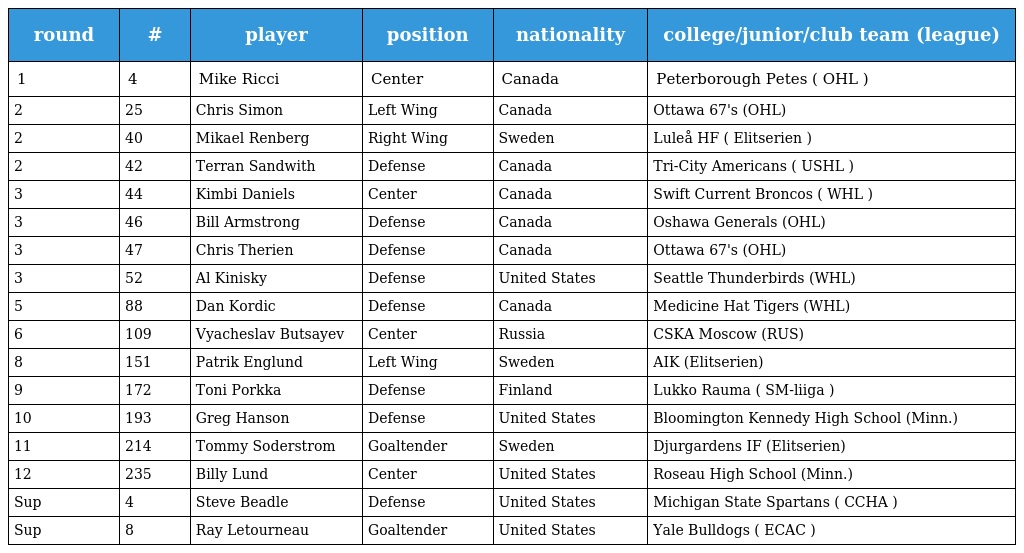
| round | # | player | position | nationality | college/junior/club team (league) |
 | --- | --- | --- | --- | --- | --- |
 | 1 | 4 | Mike Ricci | Center | Canada | Peterborough Petes ( OHL ) |
 | 2 | 25 | Chris Simon | Left Wing | Canada | Ottawa 67's (OHL) |
 | 2 | 40 | Mikael Renberg | Right Wing | Sweden | Luleå HF ( Elitserien ) |
 | 2 | 42 | Terran Sandwith | Defense | Canada | Tri-City Americans ( USHL ) |
 | 3 | 44 | Kimbi Daniels | Center | Canada | Swift Current Broncos ( WHL ) |
 | 3 | 46 | Bill Armstrong | Defense | Canada | Oshawa Generals (OHL) |
 | 3 | 47 | Chris Therien | Defense | Canada | Ottawa 67's (OHL) |
 | 3 | 52 | Al Kinisky | Defense | United States | Seattle Thunderbirds (WHL) |
 | 5 | 88 | Dan Kordic | Defense | Canada | Medicine Hat Tigers (WHL) |
 | 6 | 109 | Vyacheslav Butsayev | Center | Russia | CSKA Moscow (RUS) |
 | 8 | 151 | Patrik Englund | Left Wing | Sweden | AIK (Elitserien) |
 | 9 | 172 | Toni Porkka | Defense | Finland | Lukko Rauma ( SM-liiga ) |
 | 10 | 193 | Greg Hanson | Defense | United States | Bloomington Kennedy High School (Minn.) |
 | 11 | 214 | Tommy Soderstrom | Goaltender | Sweden | Djurgardens IF (Elitserien) |
 | 12 | 235 | Billy Lund | Center | United States | Roseau High School (Minn.) |
 | Sup | 4 | Steve Beadle | Defense | United States | Michigan State Spartans ( CCHA ) |
 | Sup | 8 | Ray Letourneau | Goaltender | United States | Yale Bulldogs ( ECAC ) |